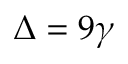
\Delta = 9 \gamma